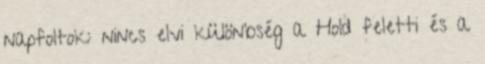
napfoltok: nincs elvi különbség a Hold feletti és a